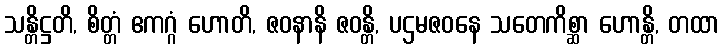
သန္တိဋ္ဌတိ, စိတ္တံ ဧကဂ္ဂံ ဟောတိ, ဇဝနာနိ ဇဝန္တိ, ပဌမဇဝနေ သတေကိစ္ဆာ ဟောန္တိ, တထာ